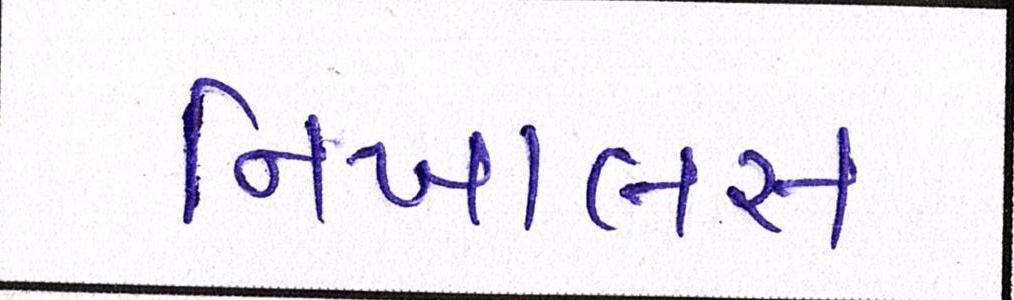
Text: નિખાલસ